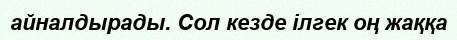
айналдырады. Сол кезде ілгек оң жаққа